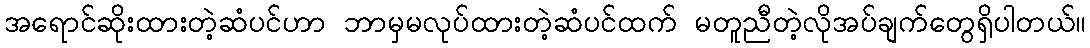
အရောင်ဆိုးထားတဲ့ဆံပင်ဟာ ဘာမှမလုပ်ထားတဲ့ဆံပင်ထက် မတူညီတဲ့လိုအပ်ချက်တွေရှိပါတယ်။